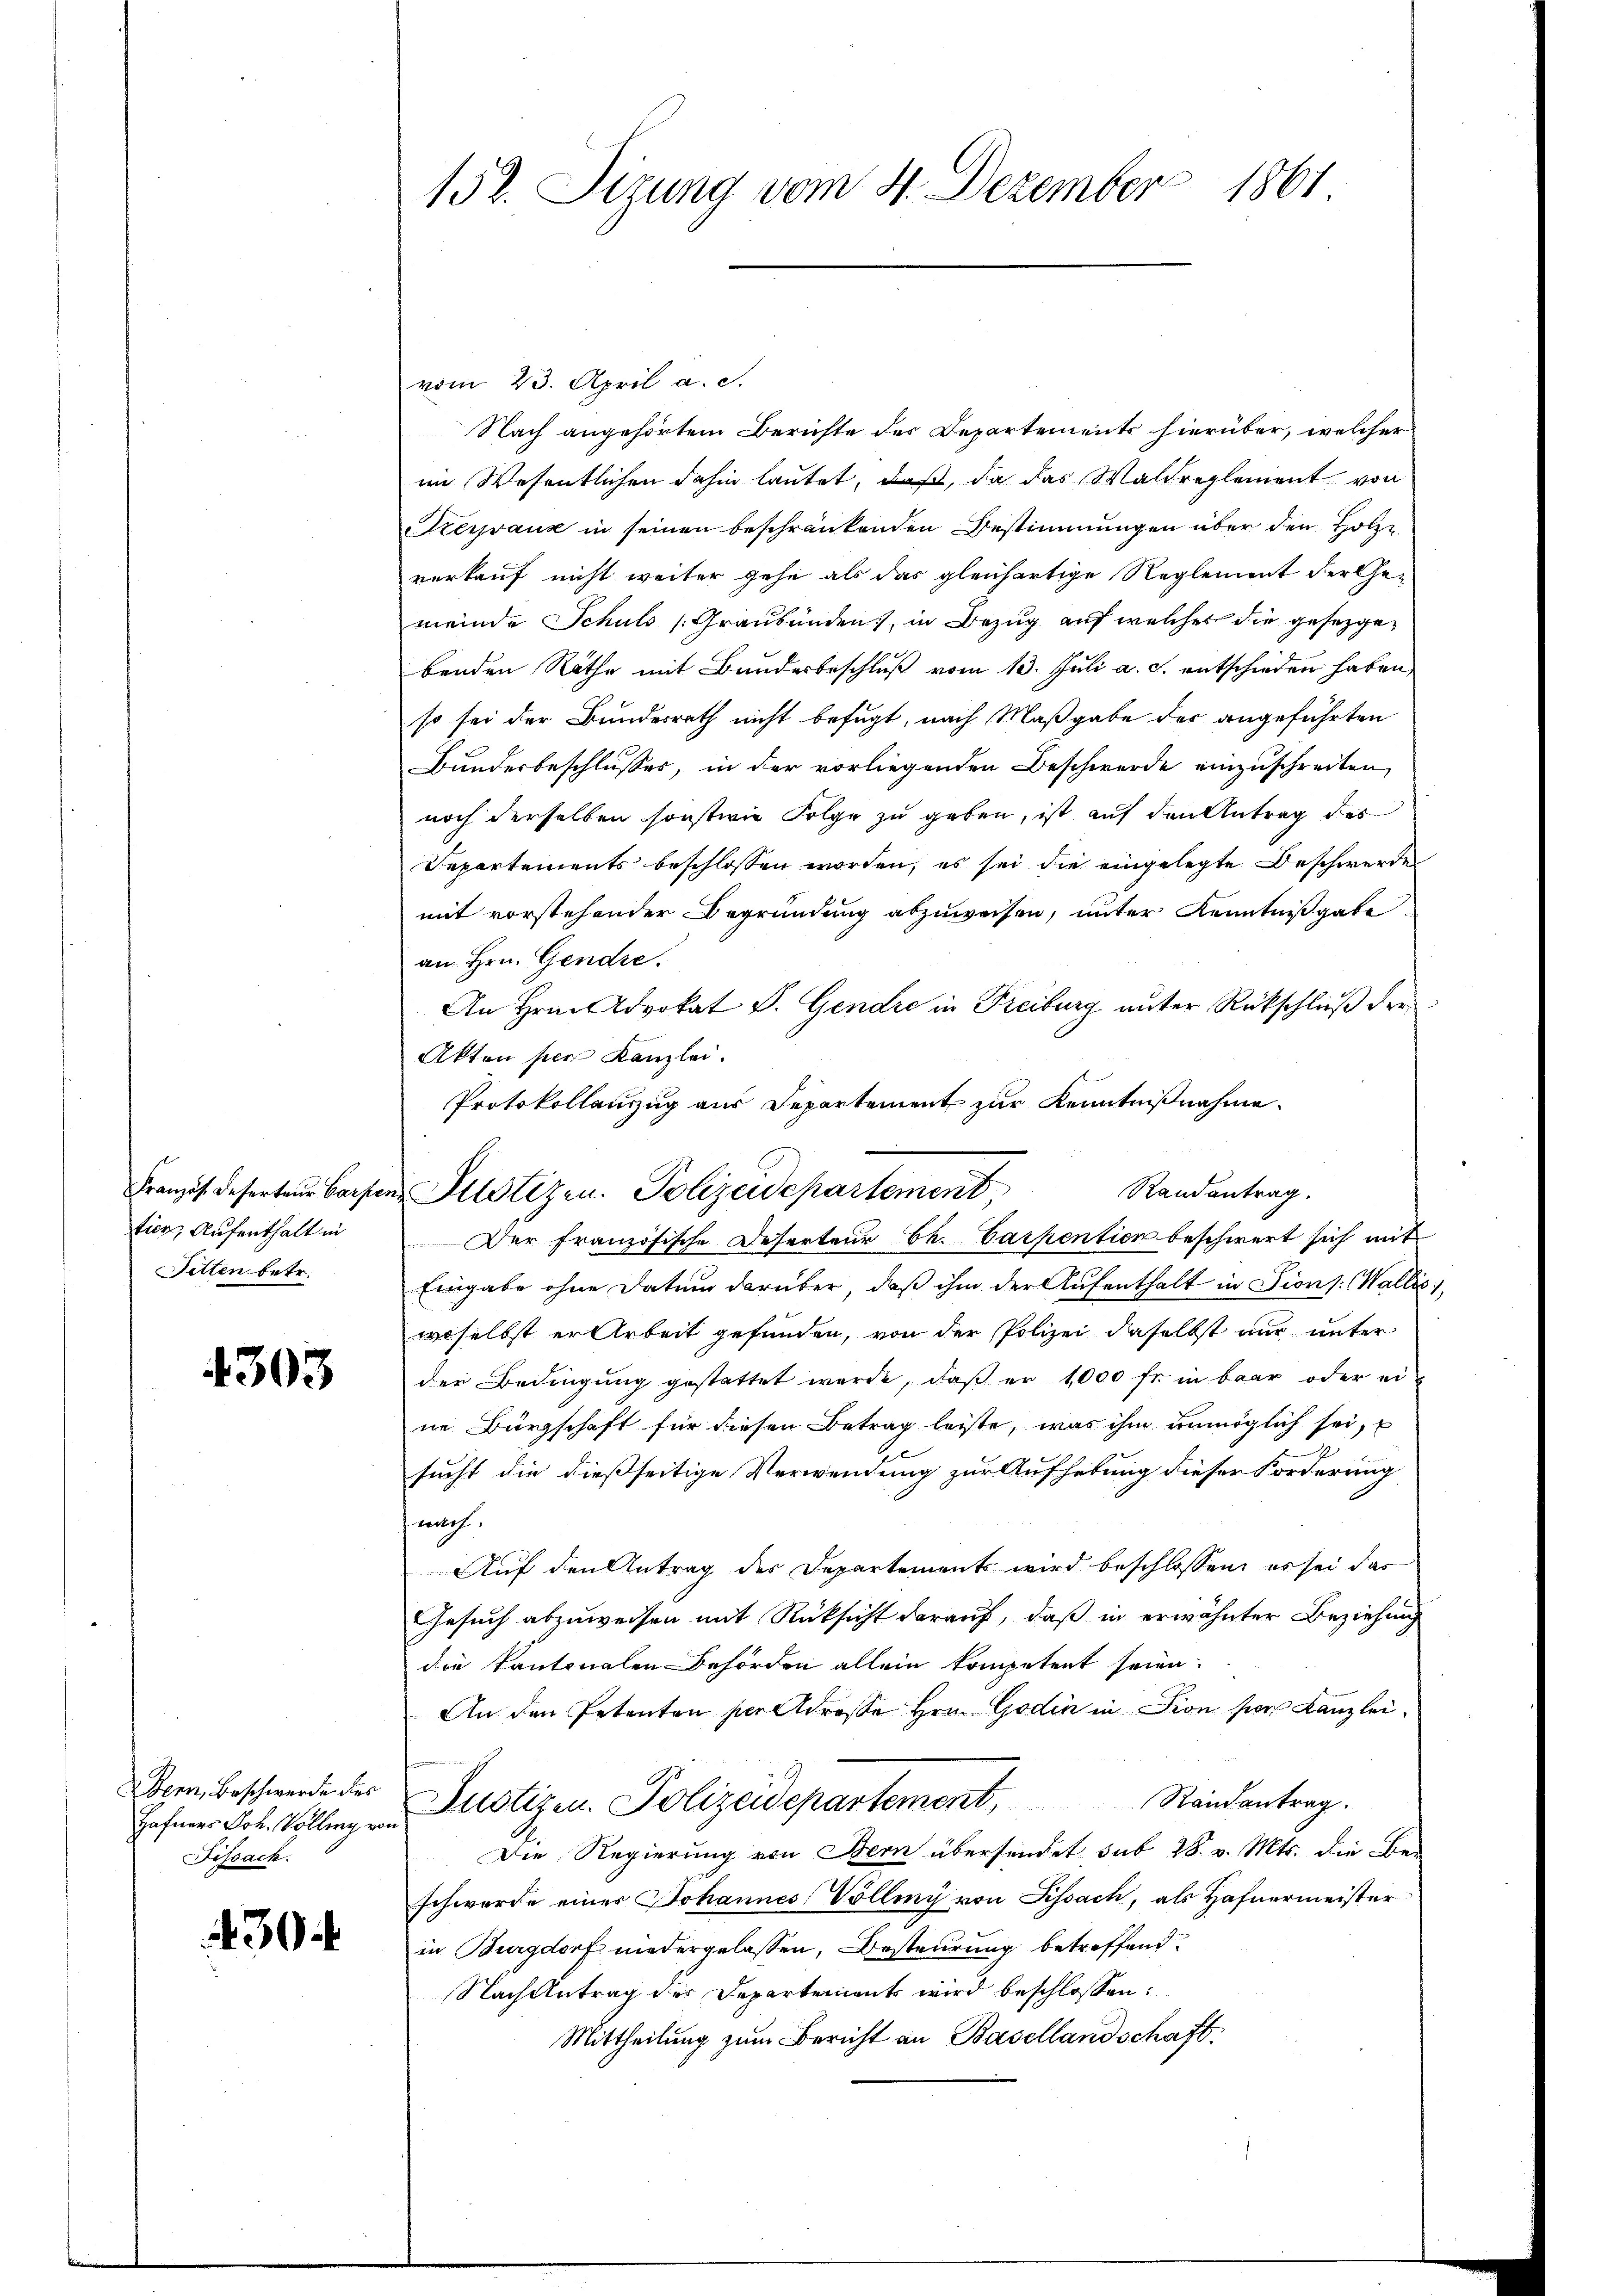
Französ. Deserteur Carper
tich, Aufenthalt in
Setten betr.

4303

Bern, Beschwerde des
Hafners Joh. Volling von
Fissach.

30

1861
152. Sizung vom 4. Dezember

Protokollanzzug aus Departement zur Kenntnißnahme.
Randantrag.
u Justizen. Polizeidepartement,
Der französische Deserteur Ch. Carpentien beschwert sich mit

vom 23. April a. c.
Nach angehörtem Berichte des Departements hierüber, welcher
im Wesentlichen dahin lautet, daß, da das Waldreglement von
zeyvaux in seinen beschränkenden Bestimmungen über den Holzverkauf nicht weiter gehe als das gleichartige Reglement der Ge-
meinde Schuld (Graubünden, in Bezug auf welches die gesetzgebenden Räthe mit Bundesbeschluß vom 13. Juli a. c. entschieden haben,
so sei der Bundesrath nicht befugt, nach Maßgabe des angeführten
Bundesbeschlusses, in der vorliegenden Beschwerde einzuschreiten,
noch derselben sonstwie Folge zu geben, ist auf den Antrag des
Departements beschlossen worden, es sei die eingelegte Beschwerde
mit vorstehender Begründung abzuweisen, unter Kenntnißgabe
an Hrn. Gendre.
An Hrn. Advokat P. Gendre in Freiburg unter Rückschließ der
Akten per Kanzlei.
Eingabe ohne Datum darüber, daß ihm der Aufenthalt in Pions. Wallis,
woselbst er Arbeit gefunden, von der Polizei daselbst nur unter
der Bedingung gestattet werde, daß er 1000 fr. in baar oder eine Bürgschaft für diesen Betrag leiste, was ihm unmöglich sei,
27
sucht die dießseitige Verwendung zur Aufhebung dieser Forderung
 welch
Auf den Antrag des Departements wird beschlossen, es sei das
Gesuch abzuweisen mit Rücksicht darauf, daß in erwähnter Beziehung
die Kantonalen Behörden allein kompetent seien.
An den Petenten per Adresse Hrn. Goden in Dion von Kanzlei¬
Justizen. Polizeidepartement, Randantrag.
Die Regierung von Bern übersendet sub 28. v. Mts. die Be-
schwerde eines Johannes Völling von Pissach, als Hafnermeister
in Burgdorf niedergelassen, Besteurung betreffend
Nach Antrag der Departements wird beschlossen:
Mittheilung zum Bericht an Basellandschaft.